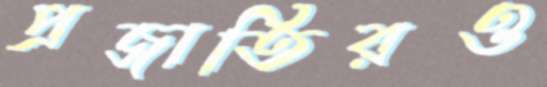
প্রজাতিরও